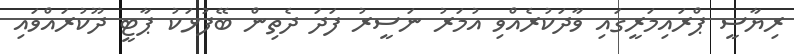
ރިޔާސީ ޕްރައިމަރީގައި ވާދަކުރެއްވި އުމަރު ނަސީރު ފަދަ ދެތިން ބޭފުޅަކު ޕާޓީ ދޫކުރައްވައި